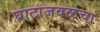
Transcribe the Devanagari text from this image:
घाटाजवळचा